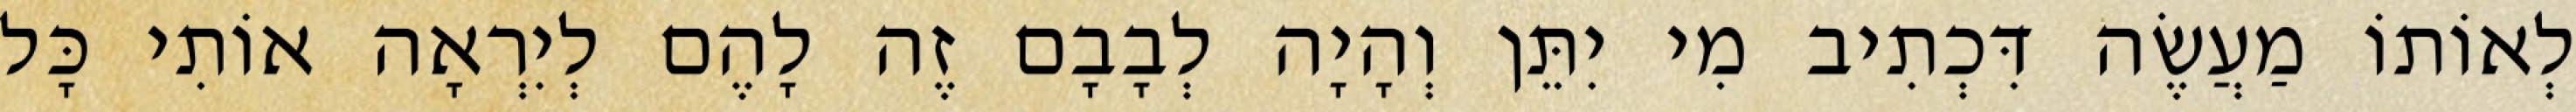
לְאוֹתוֹ מַעֲשֶׂה דִּכְתִיב מִי יִתֵּן וְהָיָה לְבָבָם זֶה לָהֶם לְיִרְאָה אוֹתִי כָּל